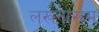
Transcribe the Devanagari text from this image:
लखनाराम